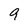
Character: 9